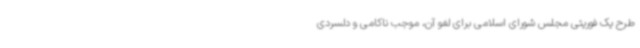
طرح یک فوریتی مجلس شورای اسلامی برای لغو آن، موجب ناکامی و دلسردی